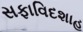
સફાવિદશાહ